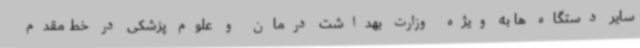
سایر دستگاه ها به ویژه وزارت بهداشت درمان و علوم پزشکی در خط مقدم